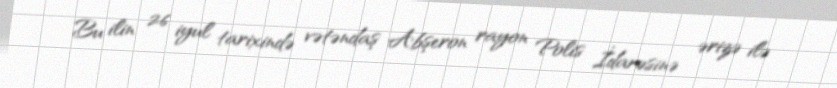
Bu ilin 26 iyul tarixində vətəndaş Abşeron rayon Polis İdarəsinə ərizə ilə